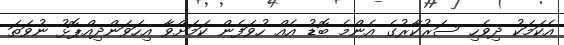
އެކަމަކު ދިވެހި ސަރުކާރުގެ އެންމެ ބޮޑު އެއް ހުވަފެން ކަމަށްވާ އިހަވަންދިއްޕޮޅު ނުވަތަ